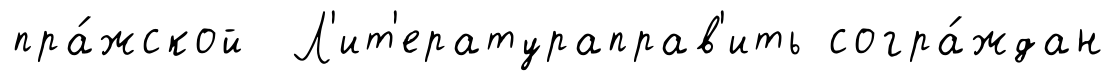
пра́жской Л'ит'ератураправ'ить согра́ждан